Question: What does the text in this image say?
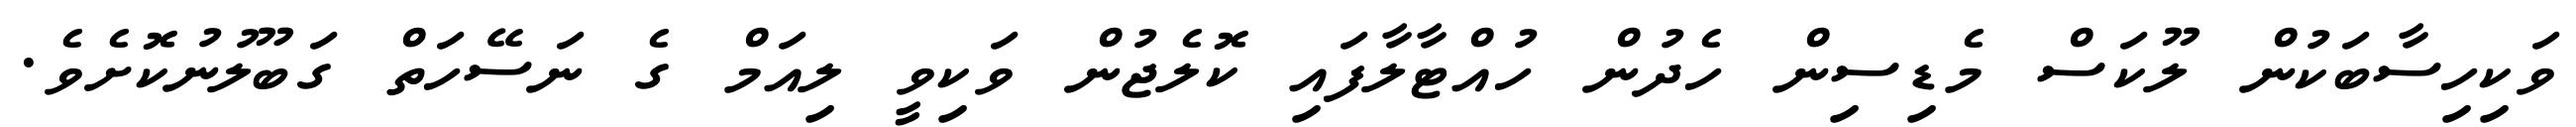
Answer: ވަކިހިސާބަކުން ލޫކަސް މެޑިސިން ހެދުން ހުއްޓާލާފައި ކޮލެޖުން ވަކިވީ ލިއަމް ގެ ނަސޭހަތް ގަބޫލުނުކޮށެވެ.